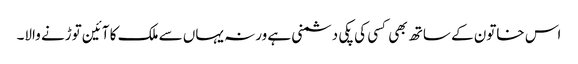
اس خاتون کے ساتھ بھی کسی کی پکی دشمنی ہے ورنہ یہاں سے ملک کا آئین توڑنے والا۔